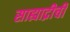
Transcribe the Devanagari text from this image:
साह्याद्रीची